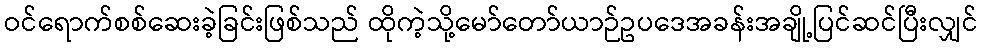
ဝင်ရောက်စစ်ဆေးခဲ့ခြင်းဖြစ်သည် ထိုကဲ့သို့မော်တော်ယာဉ်ဥပဒေအခန်းအချို့ပြင်ဆင်ပြီးလျှင်